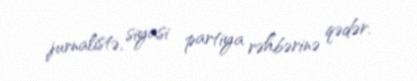
jurnalistə, siyasi partiya rəhbərinə qədər.